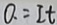
0 . = I t